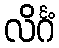
လိင်္ဂံ